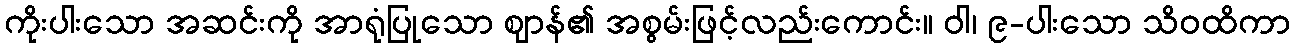
ကိုးပါးသော အဆင်းကို အာရုံပြုသော ဈာန်၏ အစွမ်းဖြင့်လည်းကောင်း။ ဝါ၊ ၉-ပါးသော သိဝထိကာ